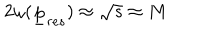
2 \omega ( { \underline { { p } } } _ { r e s } ) \approx \sqrt s \approx M